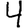
Digit: 4